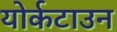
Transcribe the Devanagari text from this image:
योर्कटाउन